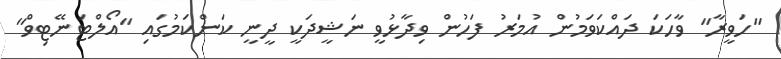
"ހަވީރާ" ވާހަކަ ދައްކަވަމުން އުމަރު ފަހުން ވިދާޅުވީ ނަޝީދަކީ ދީނީ ކަންކަމުގައި "އޯލްޓަނޭޓިވް"